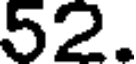
52.